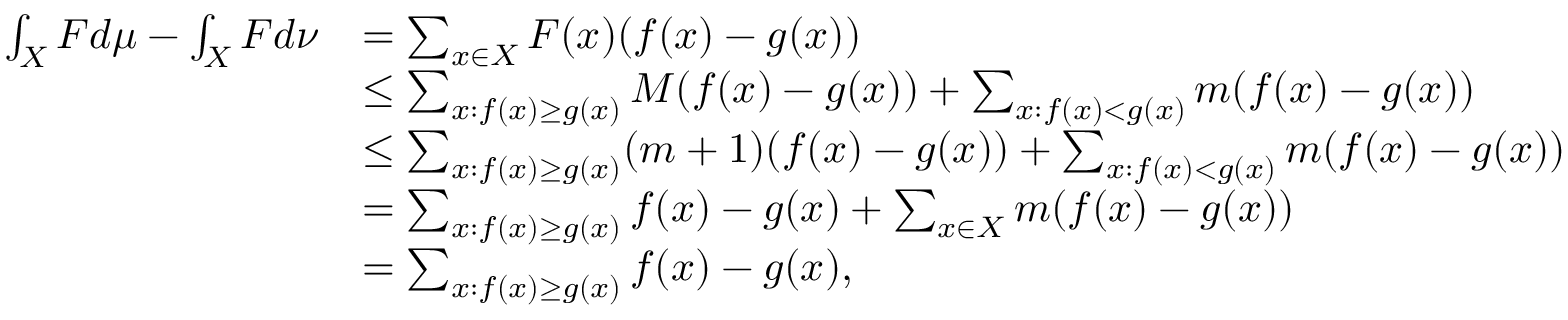
\begin{array} { r l } { \int _ { X } F d \mu - \int _ { X } F d \nu } & { = \sum _ { x \in X } F ( x ) ( f ( x ) - g ( x ) ) } \\ & { \leq \sum _ { x : f ( x ) \geq g ( x ) } M ( f ( x ) - g ( x ) ) + \sum _ { x : f ( x ) < g ( x ) } m ( f ( x ) - g ( x ) ) } \\ & { \leq \sum _ { x : f ( x ) \geq g ( x ) } ( m + 1 ) ( f ( x ) - g ( x ) ) + \sum _ { x : f ( x ) < g ( x ) } m ( f ( x ) - g ( x ) ) } \\ & { = \sum _ { x : f ( x ) \geq g ( x ) } f ( x ) - g ( x ) + \sum _ { x \in X } m ( f ( x ) - g ( x ) ) } \\ & { = \sum _ { x : f ( x ) \geq g ( x ) } f ( x ) - g ( x ) , } \end{array}